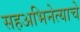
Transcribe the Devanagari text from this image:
सहअभिनेत्याचे